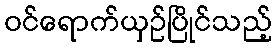
ဝင်ရောက်ယှဉ်ပြိုင်သည့်